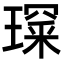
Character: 𤨺